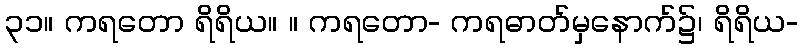
၃၁။ ကရတော ရိရိယ။ ။ ကရတော- ကရဓာတ်မှနောက်၌၊ ရိရိယ-